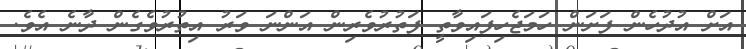
އަށް އުދުހެން ފަށަން ހަމަޖެހިފައިވާތީ ފަތުރުވެރިން އަންނަ ވަރު އިތުރުވެގެން ދާނެ އެވެ.